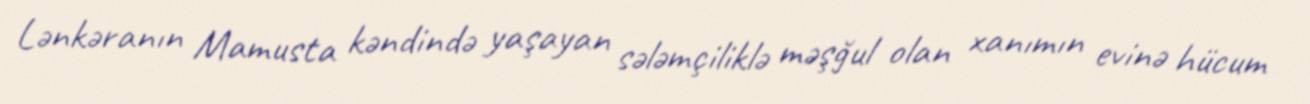
Lənkəranın Mamusta kəndində yaşayan sələmçiliklə məşğul olan xanımın evinə hücum